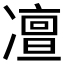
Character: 𠘐